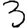
Digit: 3